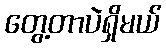
တွေ့တာပဲရှိမယ်